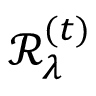
\mathcal { R } _ { \lambda } ^ { ( t ) }